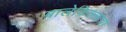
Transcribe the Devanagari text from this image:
बालेकिल्लाचा